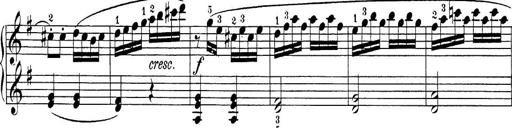
Title: Sonatina Album
Composer: Louis KÃ¶hler